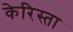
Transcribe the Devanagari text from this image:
केरिस्ता